system: You are a helpful assistant.
user:
Analyze the provided spectrum to determine if it is a **M-type Giant (gM)**.

A M-type Giant spectrum is defined by its **strong molecular absorption** features, particularly from **Titanium Oxide (TiO)**. You must check for one of the following mutually exclusive signatures:

- **Key Visual Indicators (Absorption-Dominated Spectrum):**

    - **(Primary):** The spectrum is dominated by strong molecular absorption from **Titanium Oxide (TiO)**. This is the **defining feature** of its M-type temperature class.
        - **(Key Bandheads):** Look for sharp, "saw-tooth" absorption valleys. The strongest are located near **~7050 Å**, **~6160 Å**, and **~5170 Å**.
        - **(Line Profile):** The "saw-tooth" morphology is critical: a **sharp, steep drop on the BLUE (short-wavelength) side** of the bandhead, followed by a gradual recovery (rising flux) towards the RED (long-wavelength) side.

    - **(Key Confirmation - Giant vs. Dwarf):** **ABSENCE** of strong **Calcium Hydride (CaH)** molecular bands. This is the primary diagnostic for *excluding* M-dwarfs.
        - **(Key Region):** The spectrum should lack the strong, broad absorption band seen in dwarfs between **~6800 Å and ~7000 Å**.

    - **(Secondary Confirmation - Giant):** A very strong and broad **Neutral Calcium (Ca I)** atomic absorption line.
        - **(Key Line):** Located at **~4226 Å**. In a giant (gM), this line is significantly deeper and broader than the same line in an M-dwarf (dM) due to low surface gravity.

    - **(Overall Spectrum):**
        - The continuum is **extremely red-sloping** (i.e., flux is very low in the blue and rises dramatically towards the red).
        - The entire spectrum appears "chopped up" by the deep TiO bands.

Think first, call **spectral_visualization_tool** if needed to examine features in detail, then provide your final answer. Your response must adhere to the following strict rules:
1.  **Overall Structure:** Your response must follow the format `<think>...</think> <tool_call>...</tool_call> (if a tool is used) <answer>...</answer>`.
2.  **Tool Usage Constraint:** You may only make **one** tool call per turn.
3.  **Final Answer Format:** In the `<answer>` tag, your conclusion must be inside a `\boxed{}` command (e.g., `\boxed{YES}` or `\boxed{NO}`), followed by your justification.

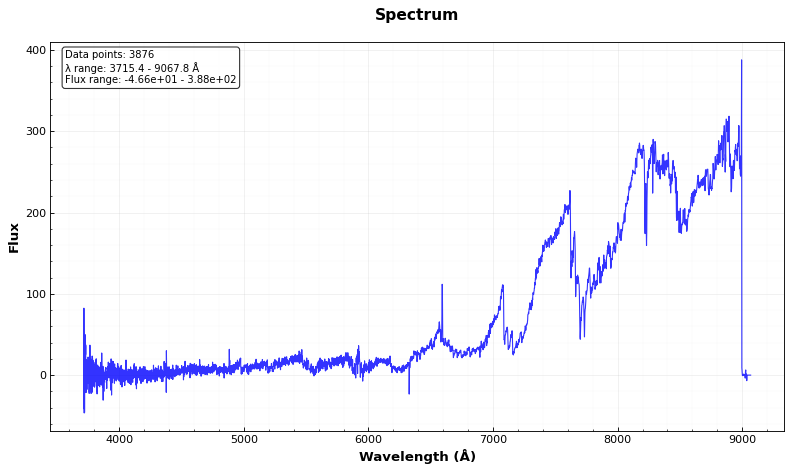
Answer: NO